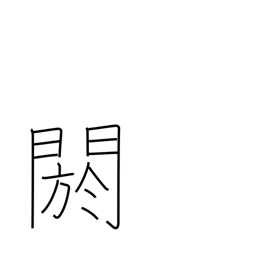
Meaning: conceal